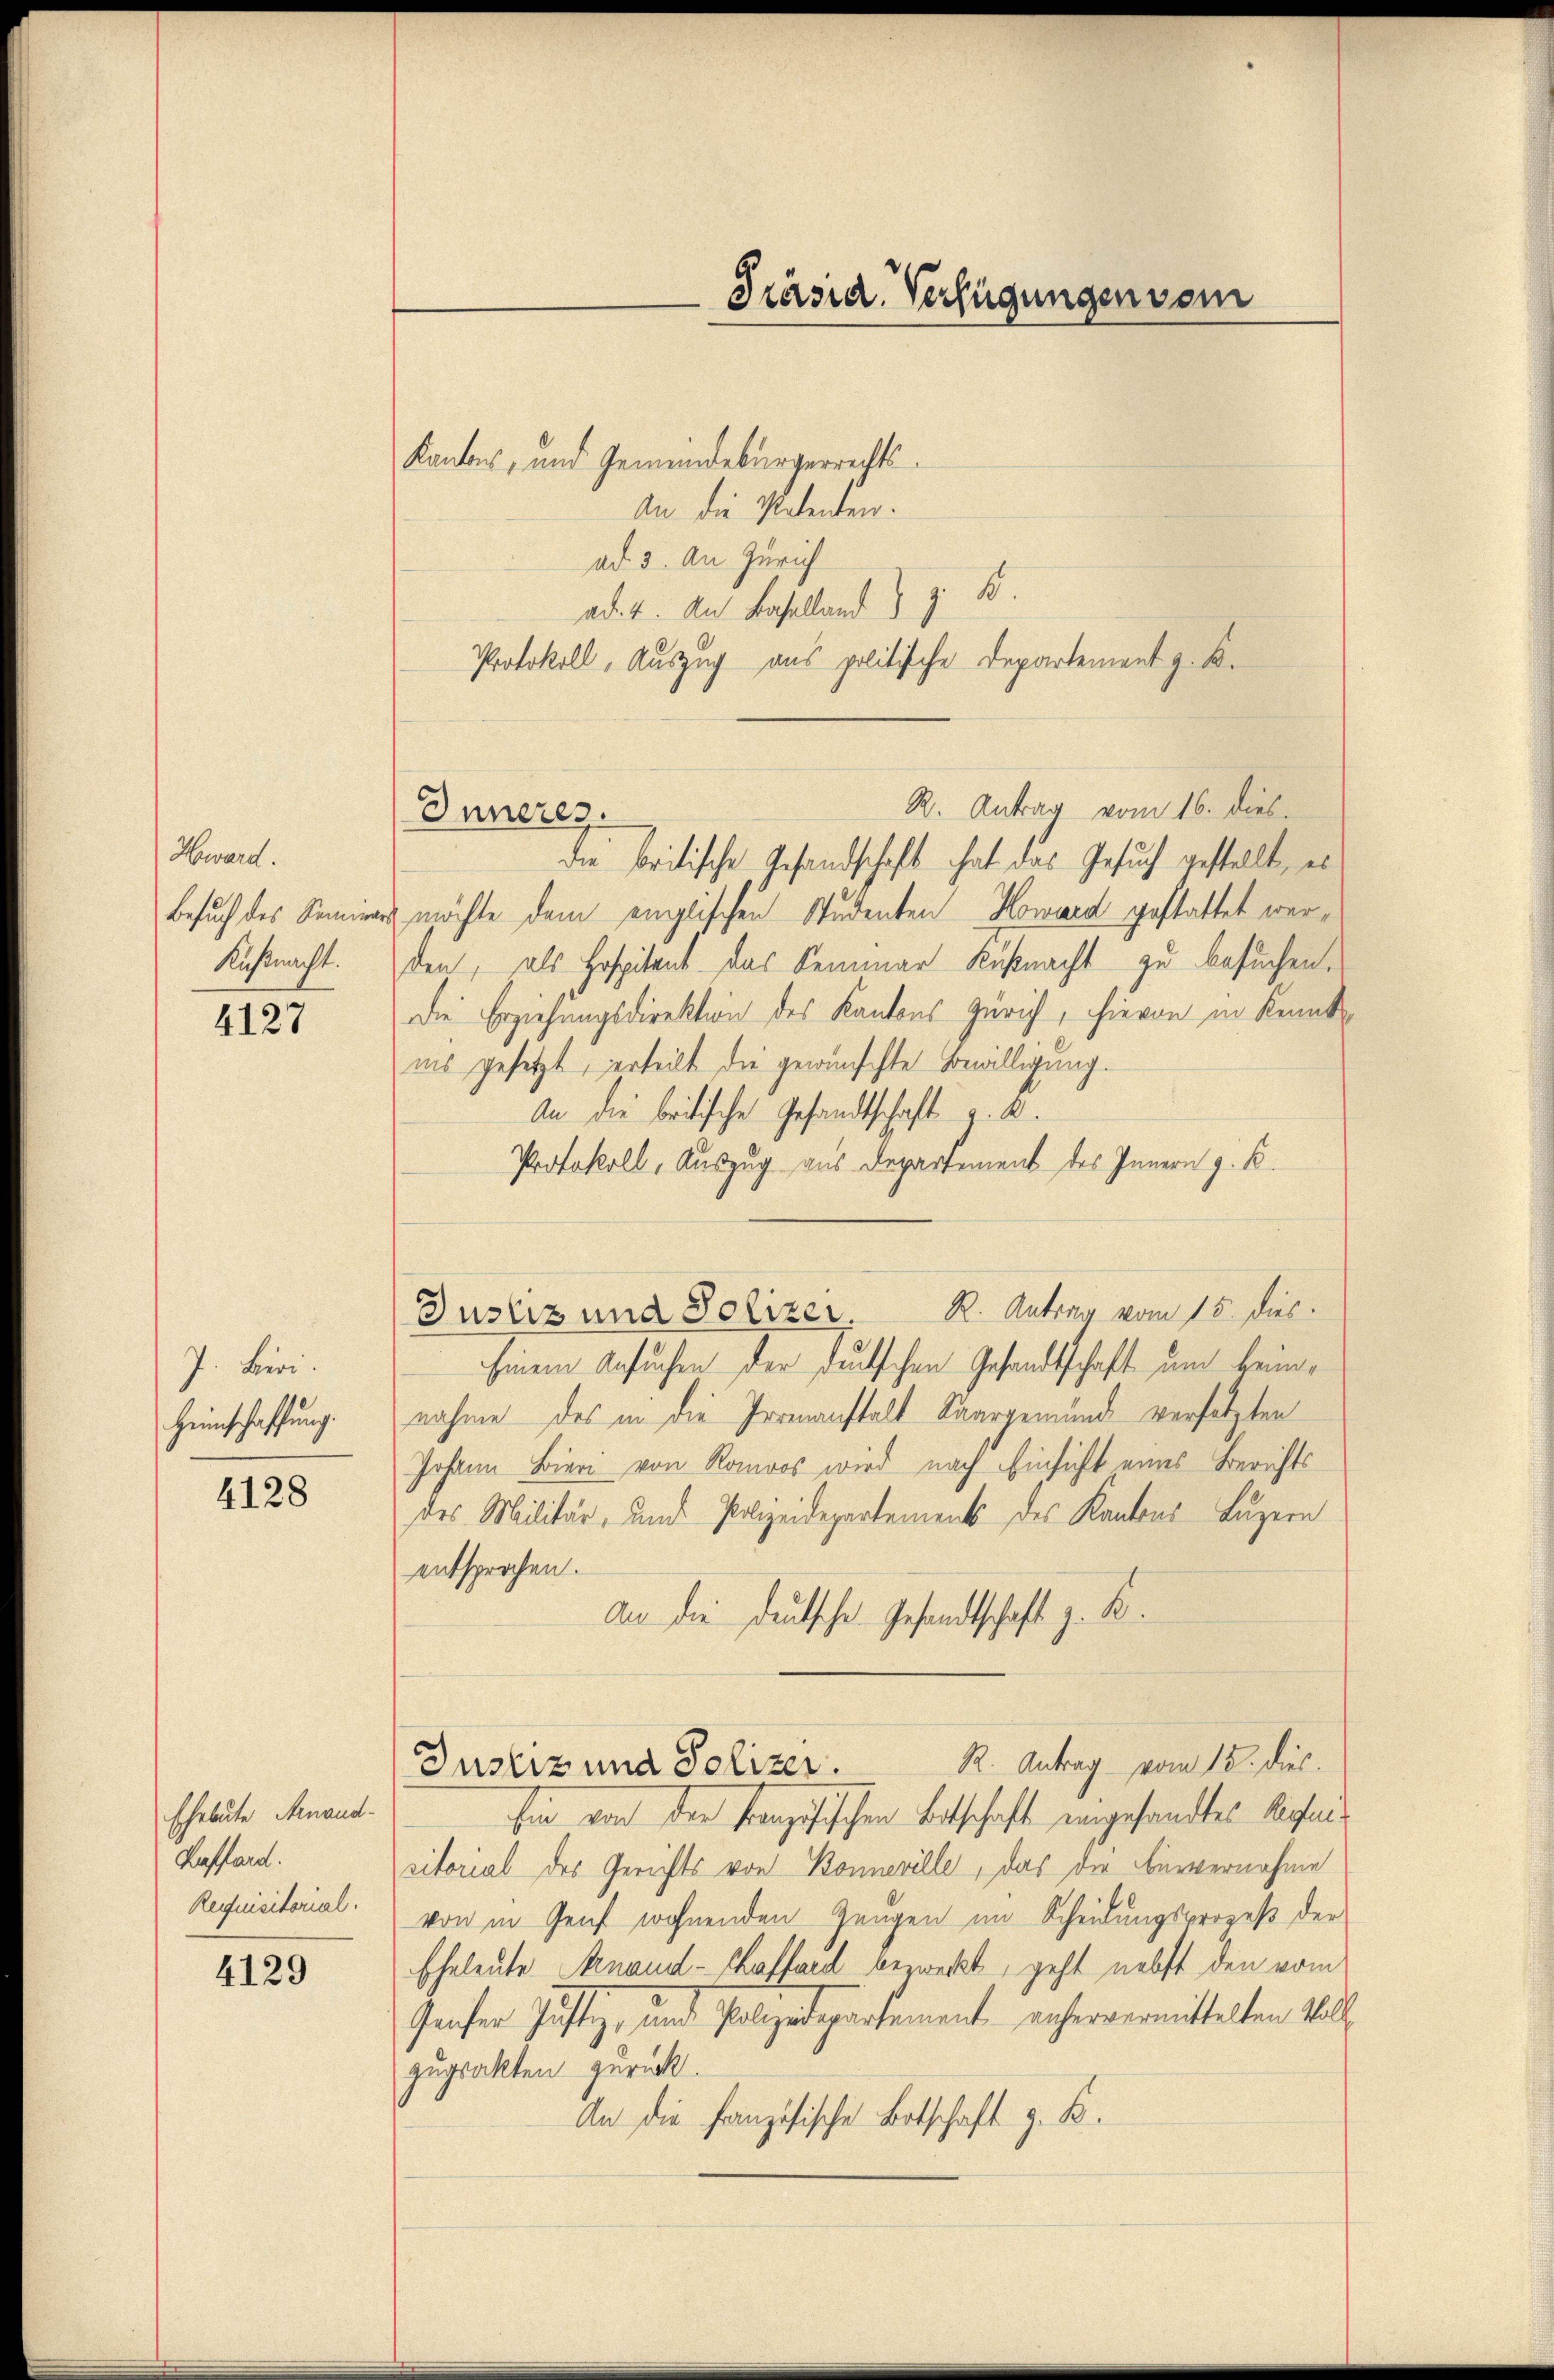
Hward.
Besuch des Seminar
Küßnacht:

4127

7. Beri
Heimschaffung.

4128

Eheleute Finand¬
Keffard.
Requisitorial.

4129

R. Antrag vom 16. dies.
Inneres
die britische Gesandschaft hat das Gesuch gestellt, es

Präsid. Verfügungen vom

Kantons, und Gemeindebürgerrechts¬
An die Petenten.
ad 3. An Zürich
ad. 4. An Baselland z. B.
Protokoll, Auszug aus politische Departement z. B.

hin von der Französischen Entschaft eingesandtes Rechensitorial des Gerichts von Bonnerelle, das die Bürvernahme
von in Genf wohnenden Gangen im Scheidungsprozeß der
Eheleute Stenaud-Chaffend bezweckt, geht nebst den vom
Ganfer Justiz, und Polizedepartemente anhervermittelten Vol
zuprakten zurück.
An die französische Betschaft z. B.

möchte dem englischen Studenten Howard gestattet werden, als Hospitant das Semmer Küßnacht zu besuchen.
Die Erziehungsdirektion des Kantons Zürich, hievon in Kenntins gesetzt, erteilt die gewünschte Bewilligung.
An die britische Gesandtschaft z. B.
Protokoll, Auszug aus Departement des Innern z. B.
Justiz und Polizer. K. Antrag vom 15. dies
Einem Ansuchen der Duckschen Gesandtschaft um Heimnahme des in die Promanstalt Saargemünde versetzten
Johann Bieri von Romoos wird nach Einsicht eines Berichts
des Militär- und Polizeidepartements des Kantons Luzern
entsprochen.
An die Deutsche Gesandtschaft z. K.

Justiz und Polizer. R. Antrag vom 15. dies